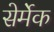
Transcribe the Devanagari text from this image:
सेर्मेक